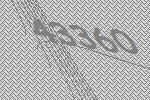
43360